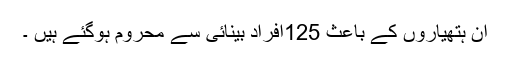
ان ہتھیاروں کے باعث 125افراد بینائی سے محروم ہوگئے ہیں ۔